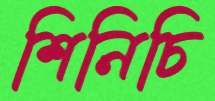
শিনিচি